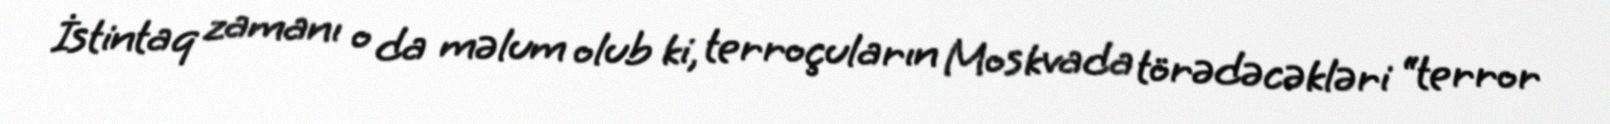
İstintaq zamanı o da məlum olub ki, terroçuların Moskvada törədəcəkləri “terror